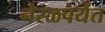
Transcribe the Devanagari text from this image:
नेरळपर्यंत